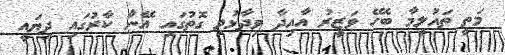
މަތީ ތައުލީމާ ބެހޭ ވަޒީރު އާއިދާ ވިދާޅުވި ގޮތުގައި އޭނާ ކާރުގައި ދިޔައީ